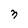
Character: 3